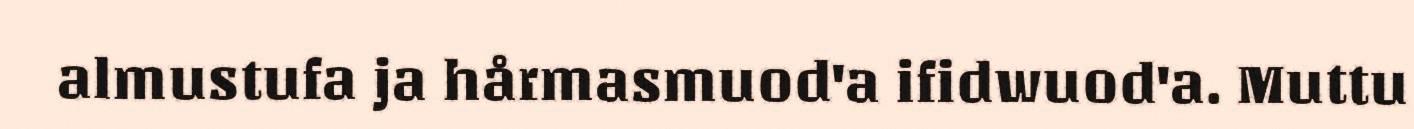
almustufa ja hårmasmuod'a ifidwuod'a. Muttu